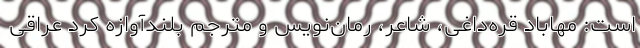
است: مهاباد قره‌داغی، شاعر، رمان‌نویس و مترجم بلندآوازه کرد عراقی